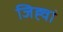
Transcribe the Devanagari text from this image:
जिह्वां